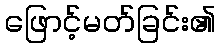
ဖြောင့်မတ်ခြင်း၏